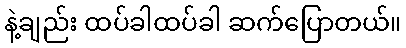
နဲ့ချည်း ထပ်ခါထပ်ခါ ဆက်ပြောတယ်။